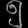
Digit: ၅